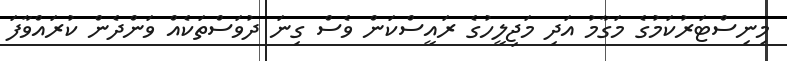
މިނިސްޓަރުކަމުގެ މަގާމު އަދި މަޖިލީހުގެ ރައީސްކަން ވެސް ގިނަ ދުވަސްތަކެއް ވަންދެން ކުރައްވާފަ